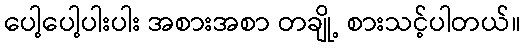
ပေါ့ပေါ့ပါးပါး အစားအစာ တချို့ စားသင့်ပါတယ်။